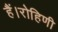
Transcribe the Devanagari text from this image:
हैं।रोहिणी